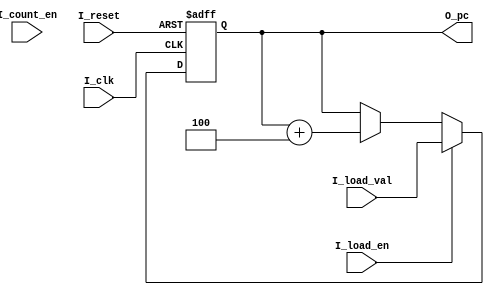
module program_counter(
    input I_clk,
    input I_reset,
    input I_count_en,
    input I_load_en,
    input [15:0] I_load_val,
    output reg [15:0] O_pc
    );
    
    reg [15:0] counter = 0;
    
    always@ (posedge I_clk or negedge I_reset)
    begin
        if(!I_reset)
        begin
            counter <= 0;
        end
        else
        begin
            if(I_load_en)
                counter <= I_load_val;
            else if(i_count_en)
                counter <= counter + 4;
        end
    end
    
    assign O_pc = counter;
    
endmodule